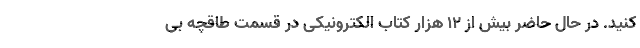
کنید. در حال حاضر بیش از ۱۲ هزار کتاب الکترونیکی در قسمت طاقچه بی